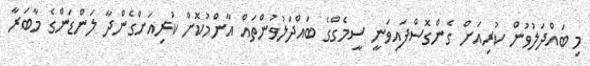
މި ބައްދަލުވުން ކުރިއަށް ގެންގޮސްފައިވަނީ ސީމެގްގެ ބައްދަލުވުންތައް އާންމުކޮށް ކުރިއަށްގެންދާ ލަންޑަންގެ މާބަރާ